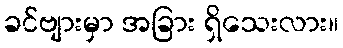
ခင်ဗျားမှာ အခြား ရှိသေးလား။